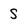
Character: s